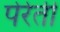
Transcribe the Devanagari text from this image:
पेरेती